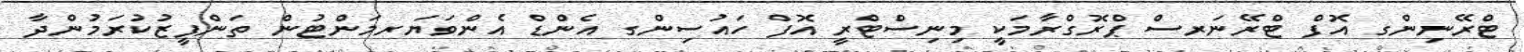
ޓްރޭނިންގ އޮފް ޓްރޭނަރސް ޕްރޮގްރާމަކީ މިނިސްޓްރީ އޮފް ހައުސިންގ އެންޑް އެންވަޔަރމަންޓުން ތަންފީޒުކުރަމުންދާ